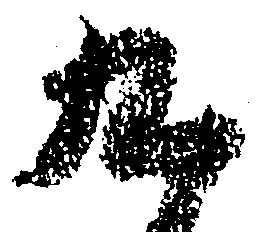
九